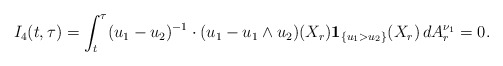
\begin{align*}I_{4}(t, \tau)= \int_{t}^{\tau}(u_{1}-u_{2})^{-1}\cdot(u_{1}-u_{1}\wedge u_{2})(X_{r})\mathbf{1}_{\{u_{1}>u_{2}\}}(X_{r})\,dA_{r}^{\nu_{1}}=0.\end{align*}